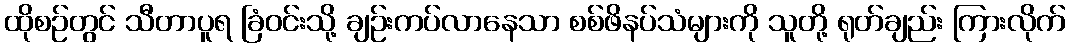
ထိုစဉ်တွင် သီတာပူရ ခြံဝင်းသို့ ချဉ်းကပ်လာနေသာ စစ်ဖိနပ်သံများကို သူတို့ ရုတ်ချည်း ကြားလိုက်